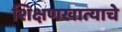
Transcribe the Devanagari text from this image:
शिक्षणखात्याचे